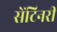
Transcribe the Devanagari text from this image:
सेंटिनरी